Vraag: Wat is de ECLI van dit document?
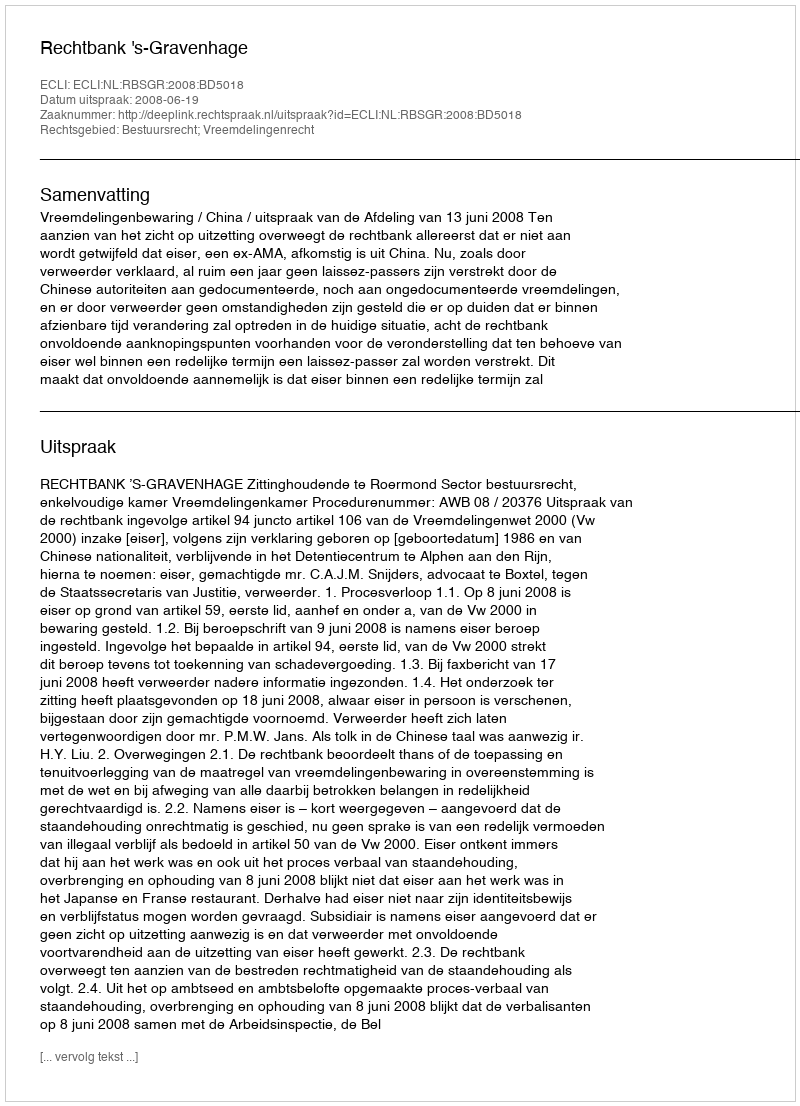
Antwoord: ECLI:NL:RBSGR:2008:BD5018